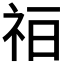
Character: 𰧳